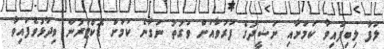
ލަފާ ލިބިފައިވާ ކަމަށާއި ނަޝީދުގެ ފަރުވާއަށް ވަގުތު ނަގާނެ ކަމަށް ޑޮކްޓަރުން ވިދާޅުވެފައިވާ